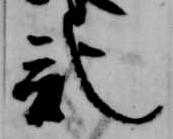
記